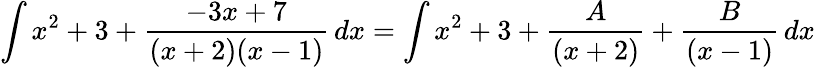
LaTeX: \int x^{2}+3+{\frac{-3x+7}{(x+2)(x-1)}}\, dx=\int x^{2}+3+{\frac{A}{(x+2)}}+{\frac{B}{(x-1)}}\, dx